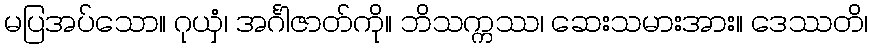
မပြအပ်သော။ ဂုယှံ၊ အင်္ဂါဇာတ်ကို။ ဘိသက္ကဿ၊ ဆေးသမားအား။ ဒေဿတိ၊